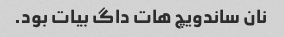
نان ساندویچ هات داگ بیات بود.